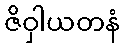
ဇိဝှါယတနံ